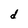
Character: d